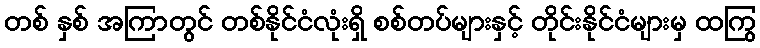
တစ် နှစ် အကြာတွင် တစ်နိုင်ငံလုံးရှိ စစ်တပ်များနှင့် တိုင်းနိုင်ငံများမှ ထကြွ